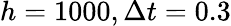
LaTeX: h=1000,\Delta t=0.3